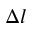
\Delta { l }